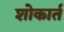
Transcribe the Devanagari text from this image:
शोकार्त